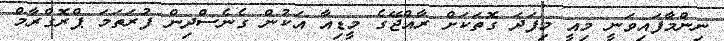
ނިންމާފައިވަނީ މިއީ މިފަދަ ގޮތަކަށް ރާއްޖޭގެ މީޑިއާ އަކުން ގެނެސްދިން ފުރަތަމަ ޕްރޮގްރާމް